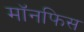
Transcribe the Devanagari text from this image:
मॉनफिस